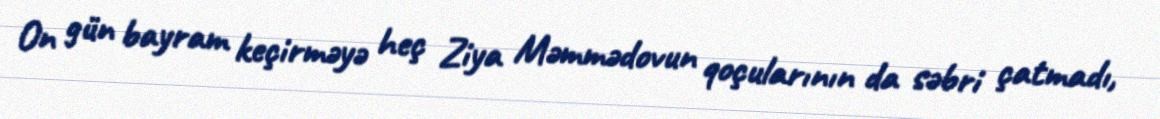
On gün bayram keçirməyə heç Ziya Məmmədovun qoçularının da səbri çatmadı,